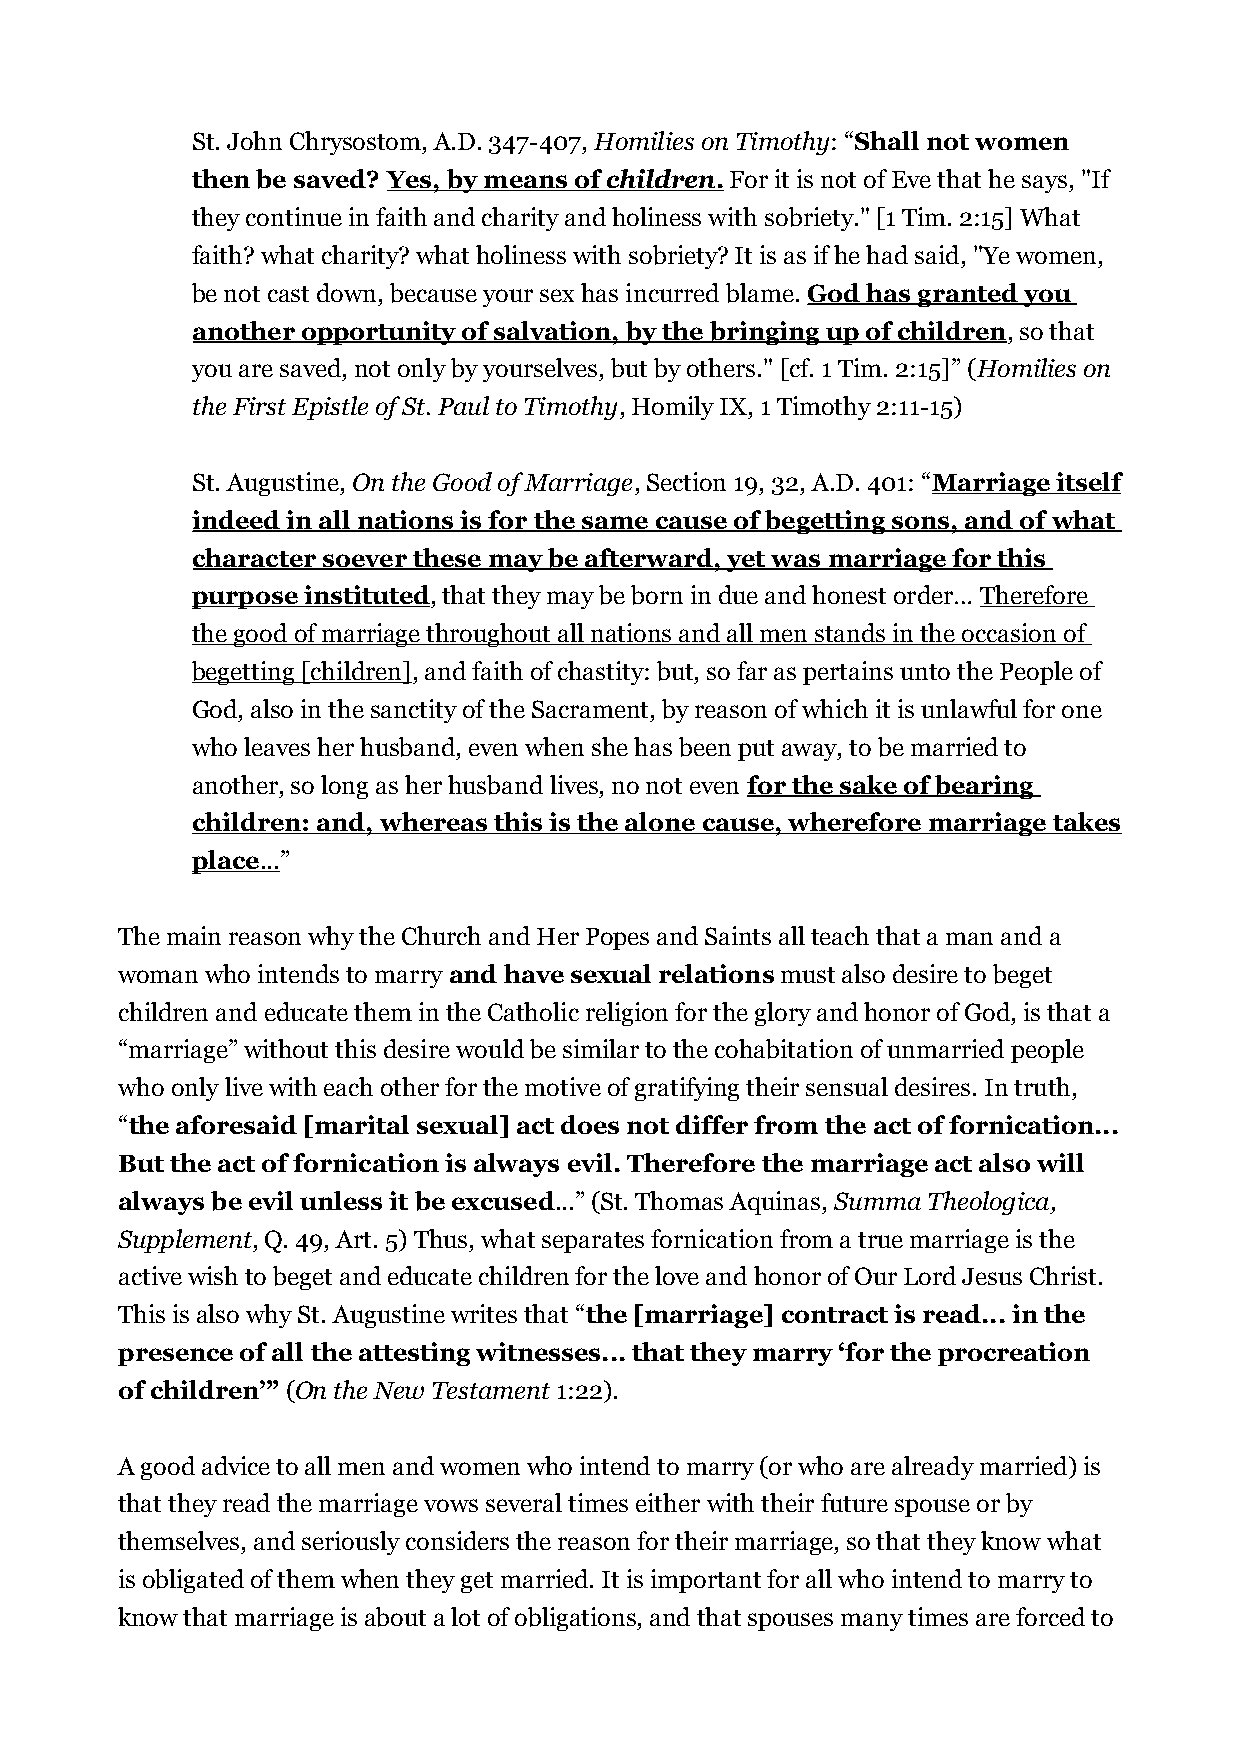
St. John Chrysostom, A.D. 347-407, Homilies on Timothy: “Shall not women
 then be saved? Yes, by means of children . For it is not of Eve that he says, "If
 they continue in faith and charity and holiness with sobriety." [1 Tim. 2:15] What
 faith? what charity? what holiness with sobriety? It is as if he had said, "Ye women,
 be not cast down, because your sex has incurred blame. God has granted you
 another opportunity of salvation, by the bringing up of children, so that
 you are saved, not only by yourselves, but by others." [cf. 1 Tim. 2:15]” (Homilies on
 the First Epistle of St. Paul to Timothy, Homily IX, 1 Timothy 2:11-15)
 St. Augustine, On the Good of Marriage, Section 19, 32, A.D. 401: “Marriage itself
 indeed in all nations is for the same cause of begetting sons, and of what
 character soever these may be afterward, yet was marriage for this
 purpose instituted, that they may be born in due and honest order… Therefore
 the good of marriage throughout all nations and all men stands in the occasion of
 begetting [children], and faith of chastity: but, so far as pertains unto the People of
 God, also in the sanctity of the Sacrament, by reason of which it is unlawful for one
 who leaves her husband, even when she has been put away, to be married to
 another, so long as her husband lives, no not even for the sake of bearing
 children: and, whereas this is the alone cause, wherefore marriage takes
 place ... ”
 The main reason why the Church and Her Popes and Saints all teach that a man and a
 woman who intends to marry and have sexual relations must also desire to beget
 children and educate them in the Catholic religion for the glory and honor of God, is that a
 “marriage” without this desire would be similar to the cohabitation of unmarried people
 who only live with each other for the motive of gratifying their sensual desires. In truth,
 “the aforesaid [marital sexual] act does not differ from the act of fornication...
 But the act of fornication is always evil. Therefore the marriage act also will
 always be evil unless it be excused...” (St. Thomas Aquinas, Summa Theologica,
 Supplement, Q. 49, Art. 5) Thus, what separates fornication from a true marriage is the
 active wish to beget and educate children for the love and honor of Our Lord Jesus Christ.
 This is also why St. Augustine writes that “the [marriage] contract is read... in the
 presence of all the attesting witnesses... that they marry ‘for the procreation
 of children’” (On the New Testament 1:22).
 A good advice to all men and women who intend to marry (or who are already married) is
 that they read the marriage vows several times either with their future spouse or by
 themselves, and seriously considers the reason for their marriage, so that they know what
 is obligated of them when they get married. It is important for all who intend to marry to
 know that marriage is about a lot of obligations, and that spouses many times are forced to